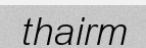
thairm